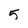
Character: 5